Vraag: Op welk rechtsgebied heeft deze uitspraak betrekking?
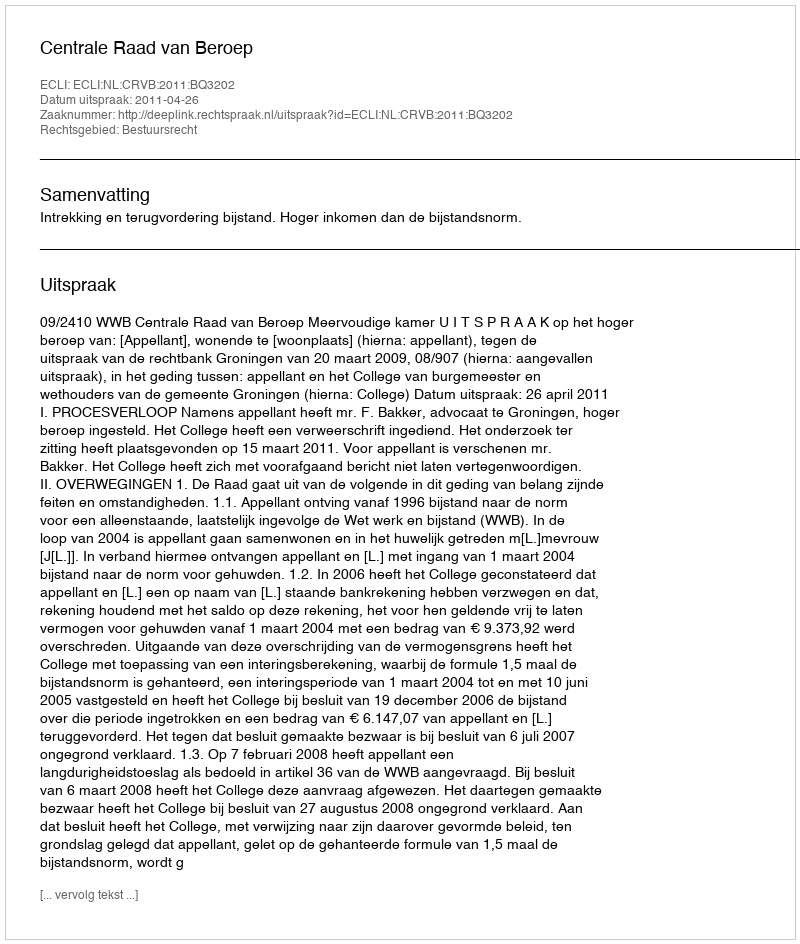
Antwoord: Bestuursrecht